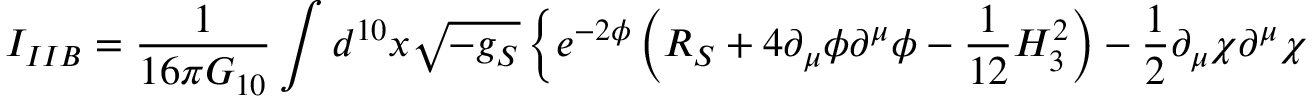
I _ { I I B } = { \frac { 1 } { 1 6 \pi G _ { 1 0 } } } \int d ^ { 1 0 } x \sqrt { - g _ { S } } \left\{ e ^ { - 2 \phi } \left( R _ { S } + 4 \partial _ { \mu } \phi \partial ^ { \mu } \phi - { \frac { 1 } { 1 2 } } H _ { 3 } ^ { 2 } \right) - { \frac { 1 } { 2 } } \partial _ { \mu } \chi \partial ^ { \mu } \chi \right.